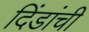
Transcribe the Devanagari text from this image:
दिंडांची